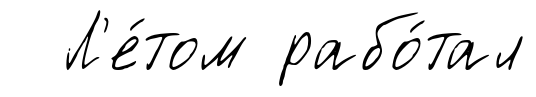
Л'е́том рабо́тал